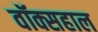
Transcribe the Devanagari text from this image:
वॉक्सहाल